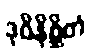
ဒုဝိနိစ္ဆိတံ